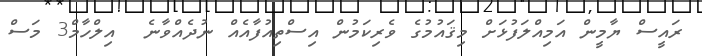
ރައީސް ޔާމީން އަމިއްލަފުޅަށް މިޤައުމުގެ ވެރިކަމުން އިސްތިއުފާއެއް ނުދެއްވާނެ  އިލްހާމް3 މަސް